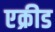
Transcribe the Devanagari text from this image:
एक्रीड